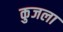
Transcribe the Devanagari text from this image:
कुजला